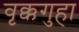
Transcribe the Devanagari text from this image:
वृक्कगुहा